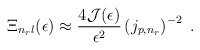
\begin{align*}\Xi_{n_{r} l}(\epsilon) \approx\frac{4{\mathcal J}(\epsilon)}{\epsilon^{2}}\left( j_{p,n_{r}} \right)^{-2}\; .\end{align*}